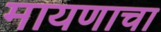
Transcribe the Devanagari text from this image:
मायणाचा